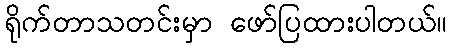
ရိုက်တာသတင်းမှာ ဖော်ပြထားပါတယ်။